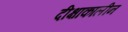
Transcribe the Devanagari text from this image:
दीक्षाकालीन